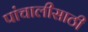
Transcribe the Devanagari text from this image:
पांचालीसाठी